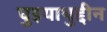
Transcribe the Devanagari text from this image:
घुइयाथुद्दीन